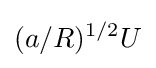
(a/R)^{1/2}U